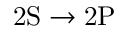
\ensuremath { \mathrm { 2 S } } \rightarrow \ensuremath { \mathrm { 2 P } }